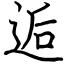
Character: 逅